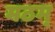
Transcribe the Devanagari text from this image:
मठम्